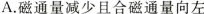
A.磁通量减少且合磁通量向左